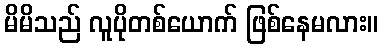
မိမိသည် လူပိုတစ်ယောက် ဖြစ်နေမလား။